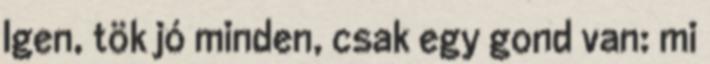
Igen, tök jó minden, csak egy gond van: mi